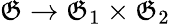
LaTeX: \mathfrak{G}\to\mathfrak{G}_{1}\times\mathfrak{G}_{2}